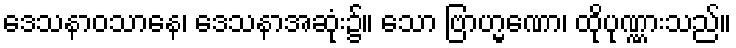
ဒေသနာဝသာနေ၊ ဒေသနာအဆုံး၌။ သော ဗြာဟ္မဏော၊ ထိုပုဏ္ဏားသည်။